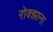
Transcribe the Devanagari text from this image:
रोक्झाना